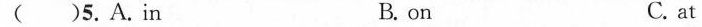
( )5. A. in B. on C. at